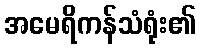
အမေရိကန်သံရုံး၏